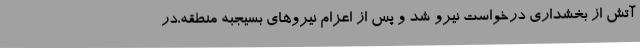
آتش از بخشداری درخواست نیرو شد و پس از اعزام نیروهای بسیجبه منطقه،در